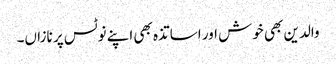
والدین بھی خوش اور اساتذہ بھی اپنے نوٹس پر نازاں۔